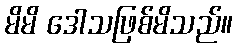
မိမိ ဒေါသဖြစ်မိသည်။